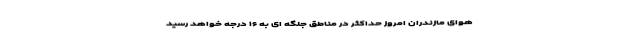
هوای مازندران امروز حداکثر در مناطق جلگه ای به ۱۶ درجه خواهد رسید